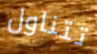
تتناول